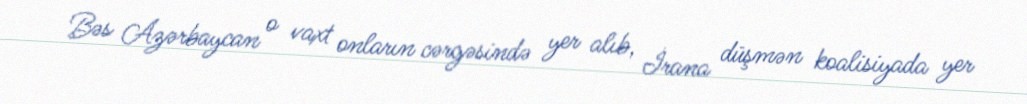
Bəs Azərbaycan o vaxt onların cərgəsində yer alıb, İrana düşmən koalisiyada yer